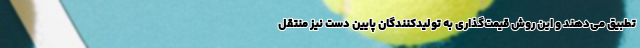
تطبیق می‌دهند و این روش قیمت‌گذاری به تولیدکنندگان پایین دست نیز منتقل